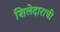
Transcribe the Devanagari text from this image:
शिलेदाराची